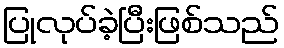
ပြုလုပ်ခဲ့ပြီးဖြစ်သည်